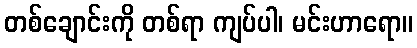
တစ်ချောင်းကို တစ်ရာ ကျပ်ပါ၊ မင်းဟာရော။